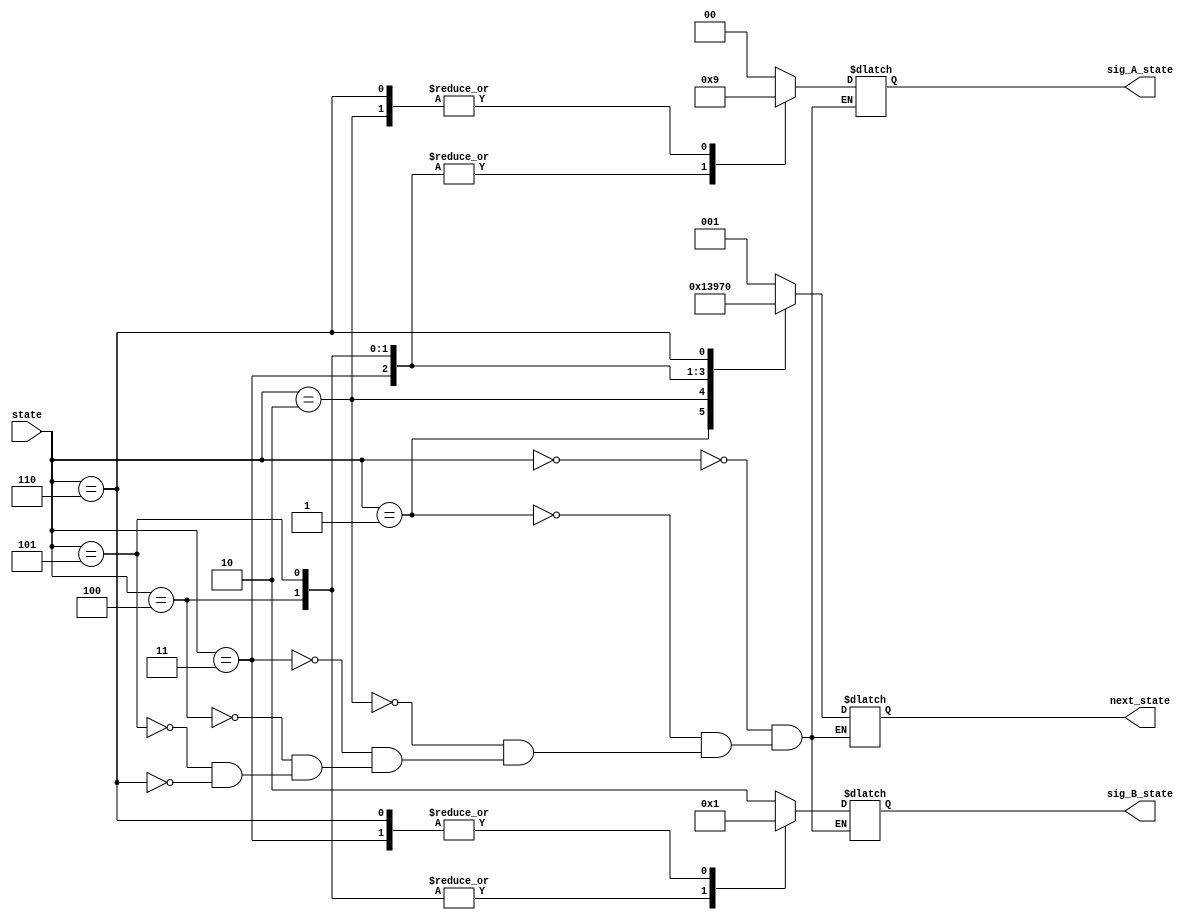
`timescale 1ns / 1ps
//////////////////////////////////////////////////////////////////////////////////
// Company: 
// Engineer: 
// 
// Design Name: 
// Module Name: traffic_controller
// Project Name: 
// Target Devices: 
// Tool Versions: 
// Description: 
// 
// Dependencies: 
// 
// Revision:
// Revision 0.01 - File Created
// Additional Comments:
// 
//////////////////////////////////////////////////////////////////////////////////

module traffic_contr_rom(
input [2:0] state,
output reg [1:0] sig_A_state,
output reg [1:0] sig_B_state,
output reg [2:0] next_state
);

parameter G = 2'b00, Y = 2'b01, R = 2'b10;

//reg [2:0] mem [7:0]; //6 locations of 3 bits each

//initial 
//begin
//  mem[0] = 3'b000;
//  mem[1] = 3'b001;
//  mem[2] = 3'b010;
//  mem[3] = 3'b011;
//  mem[4] = 3'b100;
//  mem[5] = 3'b101;
//  mem[6] = 3'b110;
//  mem[7] = 3'b111;
//end

always @(state)
begin
  case(state)
    3'b000: begin sig_A_state <= G; sig_B_state <= R; next_state <= 3'b001; end
    3'b001: begin sig_A_state <= G; sig_B_state <= R; next_state <= 3'b010; end
    3'b010: begin sig_A_state <= Y; sig_B_state <= R; next_state <= 3'b011; end
    3'b011: begin sig_A_state <= R; sig_B_state <= Y; next_state <= 3'b100; end
    3'b100: begin sig_A_state <= R; sig_B_state <= G; next_state <= 3'b101; end
    3'b101: begin sig_A_state <= R; sig_B_state <= G; next_state <= 3'b110; end
    3'b110: begin sig_A_state <= Y; sig_B_state <= Y; next_state <= 3'b000; end
    //3'b111: begin sig_A_state <= G; sig_B_state <= R; next_state <= 3'b000; end
  endcase
end

endmodule

module traffic_controller(
input clk, reset,
output reg [1:0] sig_A_state,
output reg [1:0] sig_B_state
);

reg [2:0] state;
wire [2:0] next_state;
wire [1:0] A_st;
wire [1:0] B_st;

traffic_contr_rom tcr1(state, A_st, B_st, next_state);

always @(posedge clk or posedge reset)
begin
  if (reset == 1'b1)
    state <= 3'b000;
  else
    state <= next_state;
    sig_A_state <= A_st;
    sig_B_state <= B_st;
end

//always@(*)
//begin
//sig_A_state <= A_st;
//sig_B_state <= B_st;
//end

endmodule